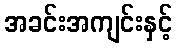
အခင်းအကျင်းနှင့်